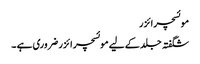
موئسچرائزر
شگفتہ جلد کے لیے موئسچر ائزر ضروری ہے ۔